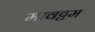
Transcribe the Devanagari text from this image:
मावट्टम